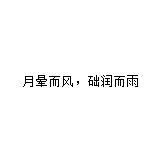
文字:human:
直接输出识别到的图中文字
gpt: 月晕而风，础润而雨